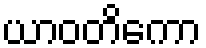
ယာဝတိကော